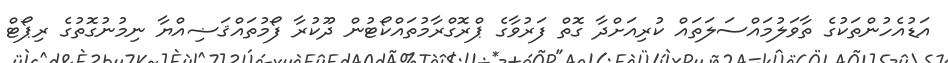
އަޑުއެހުންތަކުގެ ތާވަލުމައްސަލަތައް ކުރިއަށްދާ ގޮތް ފަރުވާގެ ޕްރޮގްރާމުތައްކޯޓުން ދޫކުރާ ފޯމުތައްޤަޟިއްޔާ ނިމުނުގޮތުގެ ރިޕޯޓް